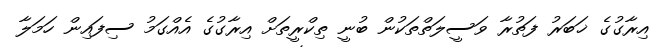
އިރާގުގެ ޚަބަރު ފަތުރާ ވަސީލަތްތަކުން ބުނީ ތިކްރީތަށް އިރާގުގެ އެއްގަމު ސިފައިން ހަމަލާ